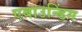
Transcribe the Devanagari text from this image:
एबाउन्डिंग